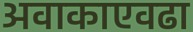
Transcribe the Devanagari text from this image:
अवाकाएवढा